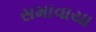
સમાવાયા